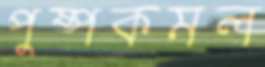
পুষ্পকমল